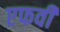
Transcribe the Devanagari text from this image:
एफवी